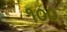
૧૦૦